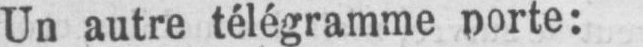
Un autre télégramme porte: